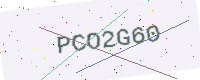
Text: PCO2G60